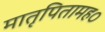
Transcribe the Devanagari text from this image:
मातृपितामह०